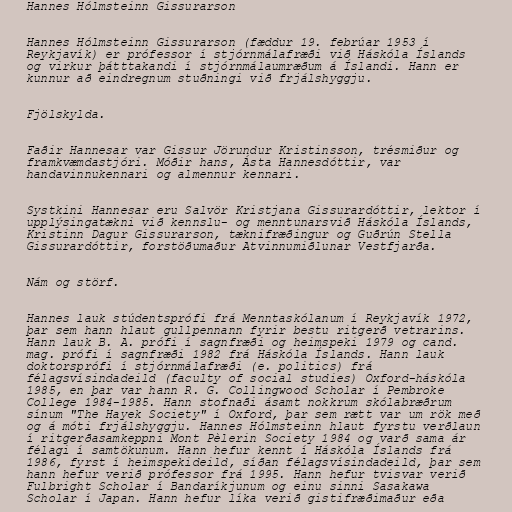
Hannes Hólmsteinn Gissurarson

Hannes Hólmsteinn Gissurarson (fæddur 19. febrúar 1953 í
Reykjavík) er prófessor í stjórnmálafræði við Háskóla Íslands
og virkur þátttakandi í stjórnmálaumræðum á Íslandi. Hann er
kunnur að eindregnum stuðningi við frjálshyggju.

Fjölskylda.

Faðir Hannesar var Gissur Jörundur Kristinsson, trésmiður og
framkvæmdastjóri. Móðir hans, Ásta Hannesdóttir, var
handavinnukennari og almennur kennari.

Systkini Hannesar eru Salvör Kristjana Gissurardóttir, lektor í
upplýsingatækni við kennslu- og menntunarsvið Háskóla Íslands,
Kristinn Dagur Gissurarson, tæknifræðingur og Guðrún Stella
Gissurardóttir, forstöðumaður Atvinnumiðlunar Vestfjarða.

Nám og störf.

Hannes lauk stúdentsprófi frá Menntaskólanum í Reykjavík 1972,
þar sem hann hlaut gullpennann fyrir bestu ritgerð vetrarins.
Hann lauk B. A. prófi í sagnfræði og heimspeki 1979 og cand.
mag. prófi í sagnfræði 1982 frá Háskóla Íslands. Hann lauk
doktorsprófi í stjórnmálafræði (e. politics) frá
félagsvísindadeild (faculty of social studies) Oxford-háskóla
1985, en þar var hann R. G. Collingwood Scholar í Pembroke
College 1984-1985. Hann stofnaði ásamt nokkrum skólabræðrum
sínum "The Hayek Society" í Oxford, þar sem rætt var um rök með
og á móti frjálshyggju. Hannes Hólmsteinn hlaut fyrstu verðlaun
í ritgerðasamkeppni Mont Pèlerin Society 1984 og varð sama ár
félagi í samtökunum. Hann hefur kennt í Háskóla Íslands frá
1986, fyrst í heimspekideild, síðan félagsvísindadeild, þar sem
hann hefur verið prófessor frá 1995. Hann hefur tvisvar verið
Fulbright Scholar í Bandaríkjunum og einu sinni Sasakawa
Scholar í Japan. Hann hefur líka verið gistifræðimaður eða